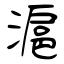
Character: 滬